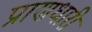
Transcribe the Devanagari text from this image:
प्राणधारी